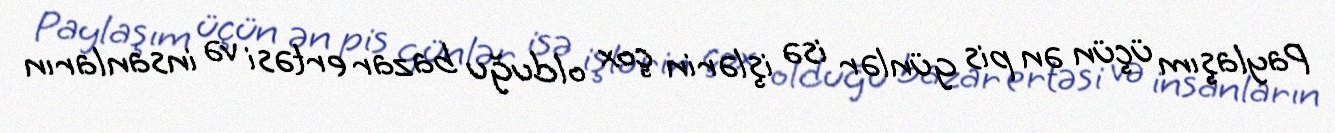
Paylaşım üçün ən pis günlər isə işlərin çox olduğu bazar ertəsi və insanların